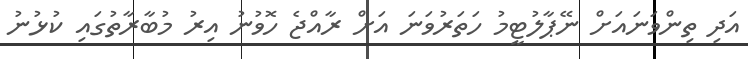
އަދި ތިންވަނައަށް ނޭޕާލުޓީމު ހަތަރުވަނަ އަށް ރާއްޖެ ހޮވުނު އިރު މުބާރާތުގައި ކުޅުނު